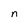
Character: n